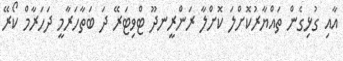
އާއި ގުޅިގެން ތައްޔާރުކޮށްލަ ކޮށްލާ ރަންރީނދޫ ޓްވިޓަރޭ ދަ ބަތާހަރާމީ ދަހަރާމް ކޯރޭ